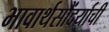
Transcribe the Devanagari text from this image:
भावार्थसौंदर्याची